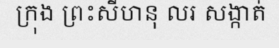
ក្រុង ព្រះសីហនុ លរ សង្កាត់